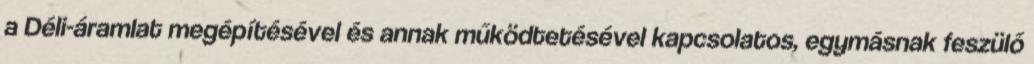
a Déli-áramlat megépítésével és annak működtetésével kapcsolatos, egymásnak feszülő